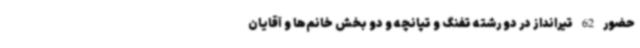
حضور 62 تیرانداز در دو رشته تفنگ و تپانچه و دو بخش خانم‌ها و آقایان